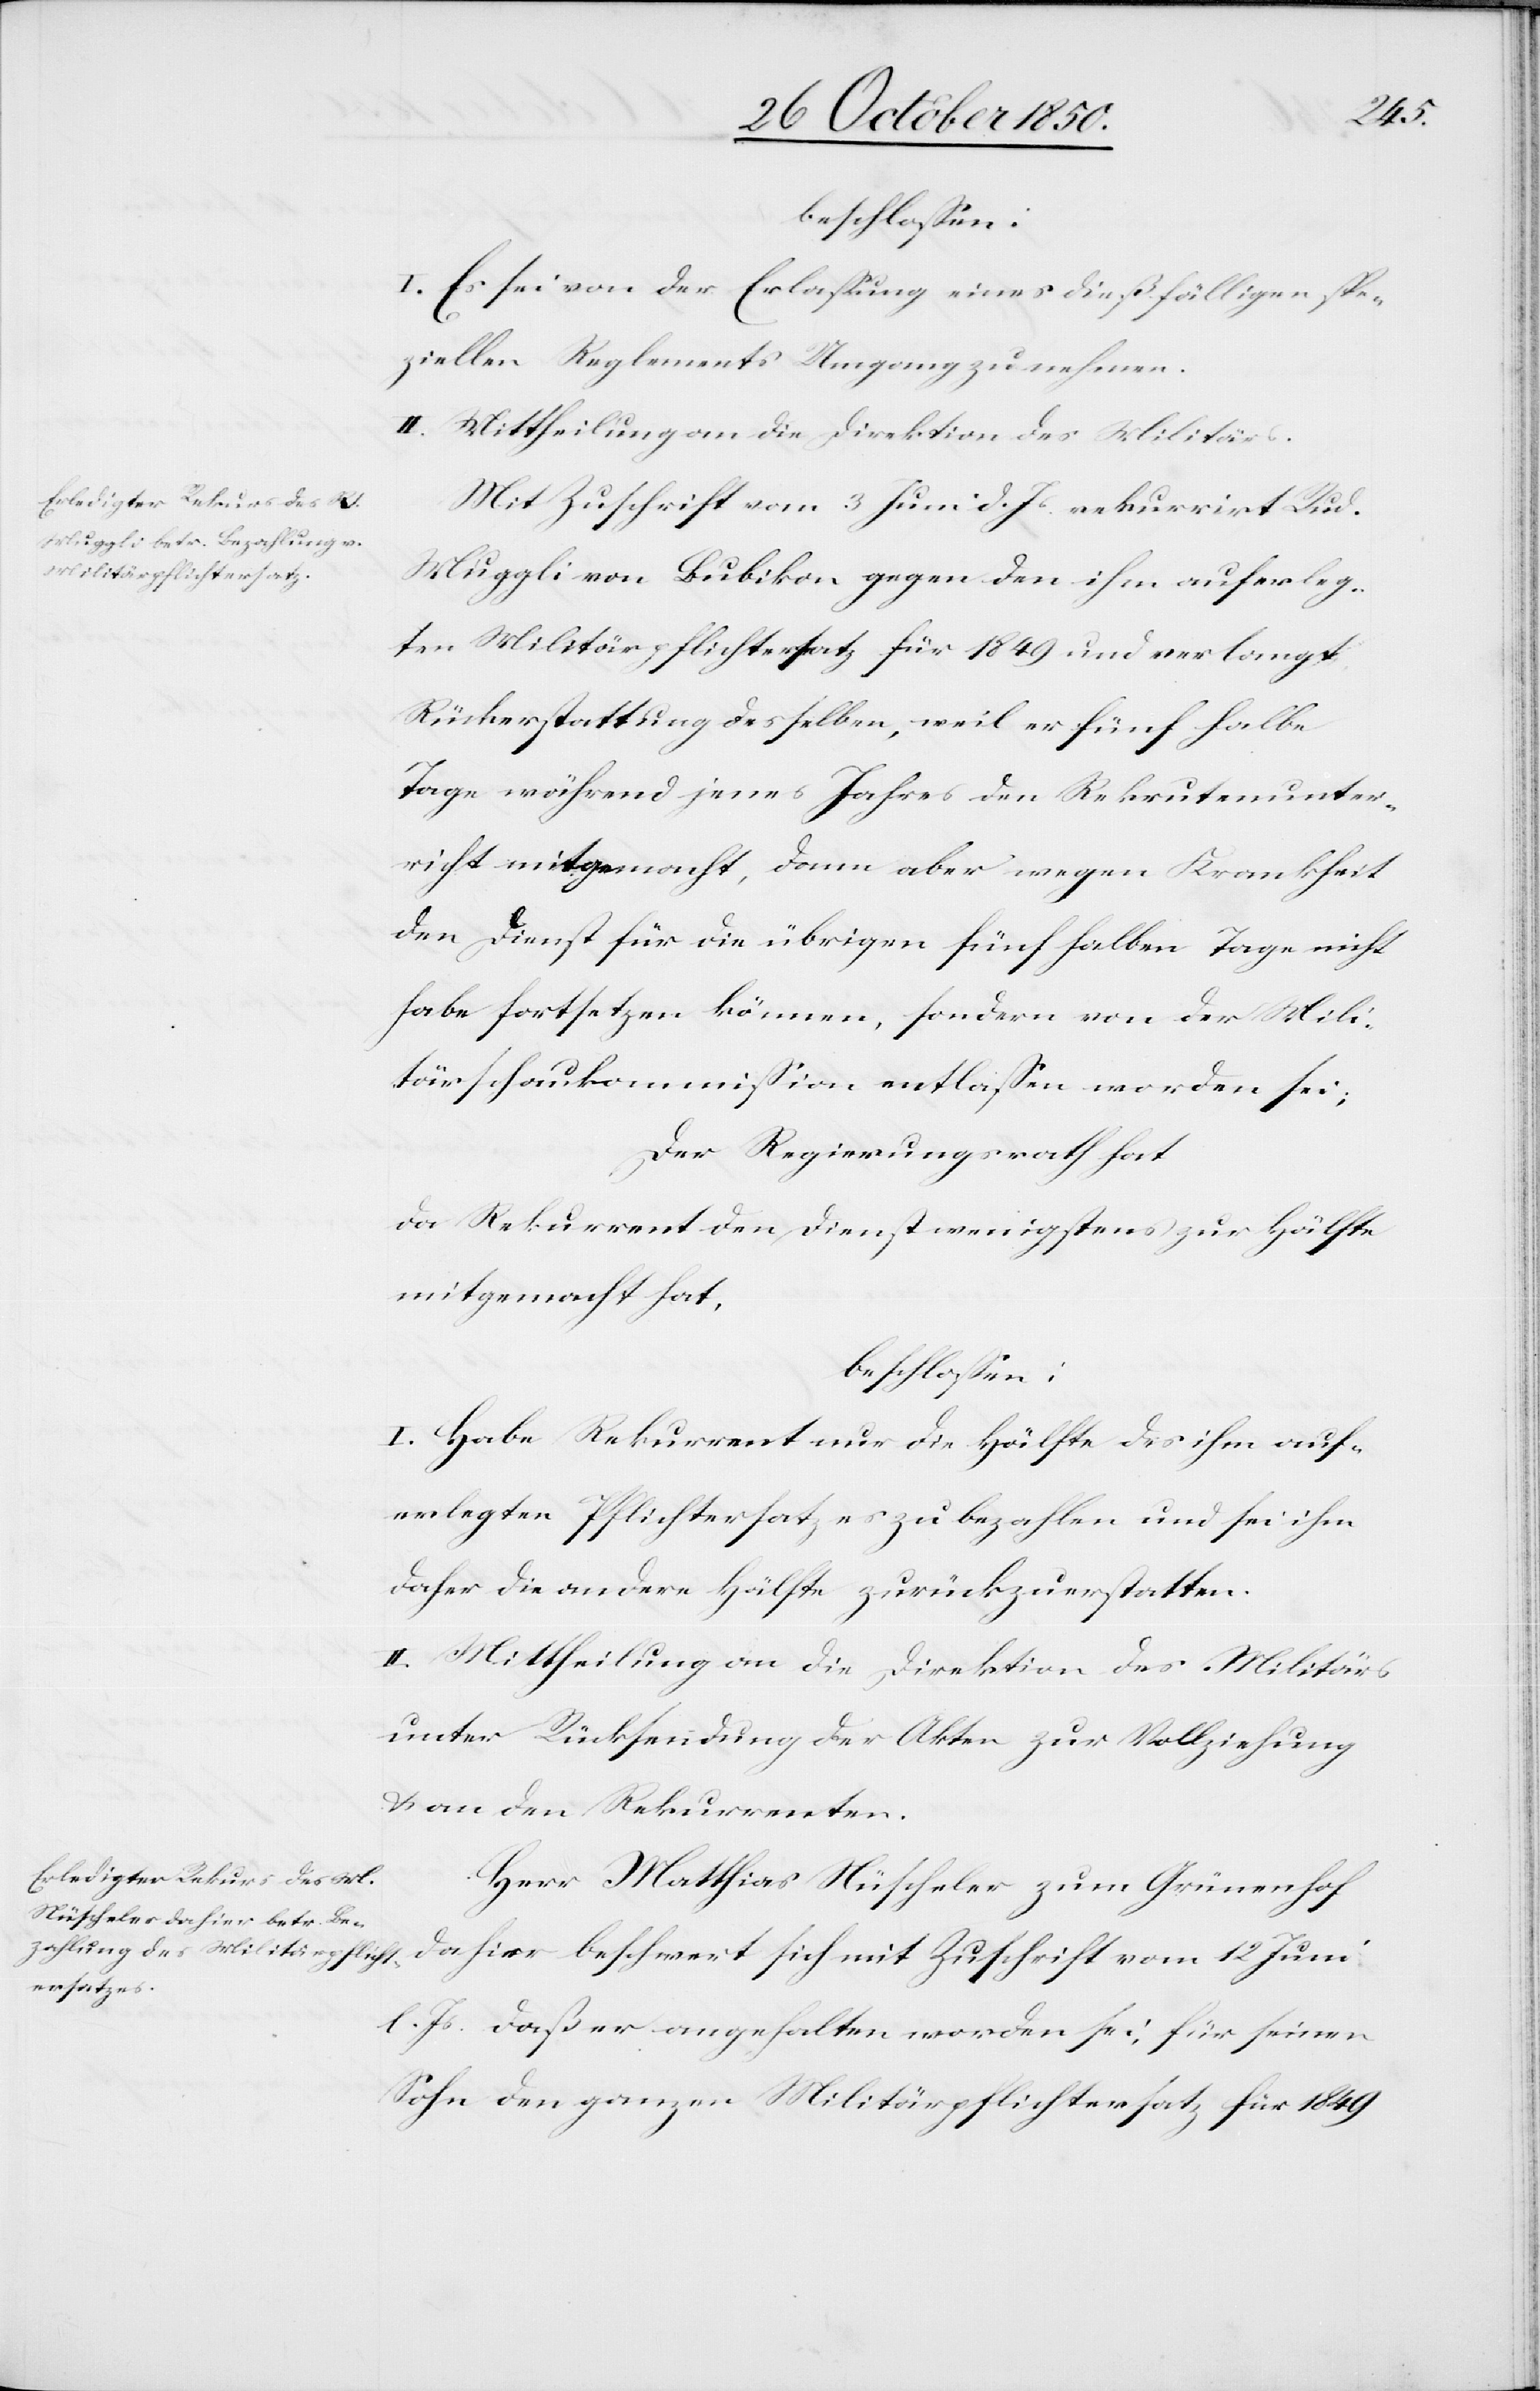
Mugg¬
beschlossen:
I. Es sei von der Erlassung eines dießfälligen spe¬
ziellen Reglements Umgang zu nehmen.
II. Mittheilung an die Direktion des Militärs.
Mit Zuschrift vom 3 Juni d. Js. rekurrirt Rud.
li Militärpflichtersatz für 1849 und verlangt
Rückerstattung desselben, weil er fünf halbe
Tage während jenes Jahres den Rekrutenunter¬
richt mitgemacht, dann aber wegen Krankheit
den Dienst für die übrigen fünf halben Tage nicht
habe fortsetzen können, sondern von der Mili¬
tärschaukommission entlassen worden sei;
Der Regierungsrath hat
da Rekurrent den Dienst wenigstens zur Hälfte
mitgemacht hat,
beschlossen:
I. Habe Rekurrent nur die Hälfte des ihm auf¬
erlegten Pflichtersatzes zu bezahlen und sei ihm
daher die andere Hälfte zurückzuerstatten.
II. Mittheilung an die Direktion des Militärs
unter Rücksendung der Akten zur Vollziehung
& an den Rekurrenten.
Herr Matthias Nüscheler zum Grünenhof
dahier beschwert sich mit Zuschrift vom 12 Juni
l. Js. daß er angehalten worden sei, für seinen
Sohn den ganzen Militärpflichtersatz für 1849